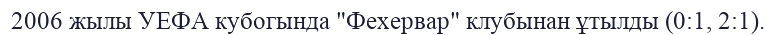
2006 жылы УЕФА кубогында "Фехервар" клубынан ұтылды (0:1, 2:1).